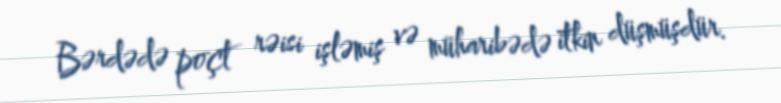
Bərdədə poçt rəisi işləmiş və müharibədə itkin düşmüşdür.